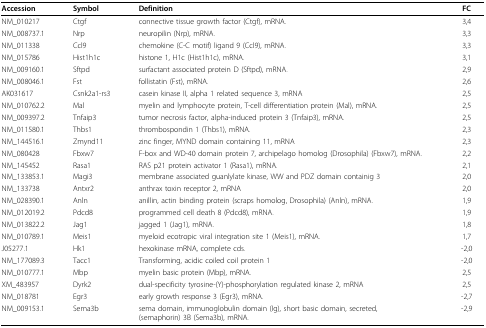
<table><thead><tr><td><b>Accession</b></td><td><b>Symbol</b></td><td><b>Definition</b></td><td><b>FC</b></td></tr></thead><tbody><tr><td>NM_010217</td><td>Ctgf</td><td>connective tissue growth factor (Ctgf), mRNA.</td><td>3,4</td></tr><tr><td>NM_008737.1</td><td>Nrp</td><td>neuropilin (Nrp), mRNA.</td><td>3,3</td></tr><tr><td>NM_011338</td><td>Ccl9</td><td>chemokine (C-C motif) ligand 9 (Ccl9), mRNA.</td><td>3,3</td></tr><tr><td>NM_015786</td><td>Hist1h1c</td><td>histone 1, H1c (Hist1h1c), mRNA.</td><td>3,1</td></tr><tr><td>NM_009160.1</td><td>Sftpd</td><td>surfactant associated protein D (Sftpd), mRNA.</td><td>2,9</td></tr><tr><td>NM_008046.1</td><td>Fst</td><td>follistatin (Fst), mRNA.</td><td>2,6</td></tr><tr><td>AK031617</td><td>Csnk2a1-rs3</td><td>casein kinase II, alpha 1 related sequence 3, mRNA</td><td>2,5</td></tr><tr><td>NM_010762.2</td><td>Mal</td><td>myelin and lymphocyte protein, T-cell differentiation protein (Mal), mRNA.</td><td>2,5</td></tr><tr><td>NM_009397.2</td><td>Tnfaip3</td><td>tumor necrosis factor, alpha-induced protein 3 (Tnfaip3), mRNA.</td><td>2,5</td></tr><tr><td>NM_011580.1</td><td>Thbs1</td><td>thrombospondin 1 (Thbs1), mRNA.</td><td>2,3</td></tr><tr><td>NM_144516.1</td><td>Zmynd11</td><td>zinc finger, MYND domain containing 11, mRNA</td><td>2,3</td></tr><tr><td>NM_080428</td><td>Fbxw7</td><td>F-box and WD-40 domain protein 7, archipelago homolog (Drosophila) (Fbxw7), mRNA.</td><td>2,2</td></tr><tr><td>NM_145452</td><td>Rasa1</td><td>RAS p21 protein activator 1 (Rasa1), mRNA.</td><td>2,1</td></tr><tr><td>NM_133853.1</td><td>Magi3</td><td>membrane associated guanlylate kinase, WW and PDZ domain containig 3</td><td>2,0</td></tr><tr><td>NM_133738</td><td>Antxr2</td><td>anthrax toxin receptor 2, mRNA</td><td>2,0</td></tr><tr><td>NM_028390.1</td><td>Anln</td><td>anillin, actin binding protein (scraps homolog, Drosophila) (Anln), mRNA.</td><td>1,9</td></tr><tr><td>NM_012019.2</td><td>Pdcd8</td><td>programmed cell death 8 (Pdcd8), mRNA.</td><td>1,9</td></tr><tr><td>NM_013822.2</td><td>Jag1</td><td>jagged 1 (Jag1), mRNA.</td><td>1,8</td></tr><tr><td>NM_010789.1</td><td>Meis1</td><td>myeloid ecotropic viral integration site 1 (Meis1), mRNA.</td><td>1,7</td></tr><tr><td>J05277.1</td><td>Hk1</td><td>hexokinase mRNA, complete cds.</td><td>-2,0</td></tr><tr><td>NM_177089.3</td><td>Tacc1</td><td>Transforming, acidic coiled coil protein 1</td><td>-2,0</td></tr><tr><td>NM_010777.1</td><td>Mbp</td><td>myelin basic protein (Mbp), mRNA.</td><td>2,5</td></tr><tr><td>XM_483957</td><td>Dyrk2</td><td>dual-specificity tyrosine-(Y)-phosphorylation regulated kinase 2, mRNA</td><td>2,5</td></tr><tr><td>NM_018781</td><td>Egr3</td><td>early growth response 3 (Egr3), mRNA.</td><td>-2,7</td></tr><tr><td>NM_009153.1</td><td>Sema3b</td><td>sema domain, immunoglobulin domain (Ig), short basic domain, secreted, (semaphorin) 3B (Sema3b), mRNA.</td><td>-2,9</td></tr></tbody></table>